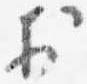
於